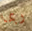
ربما